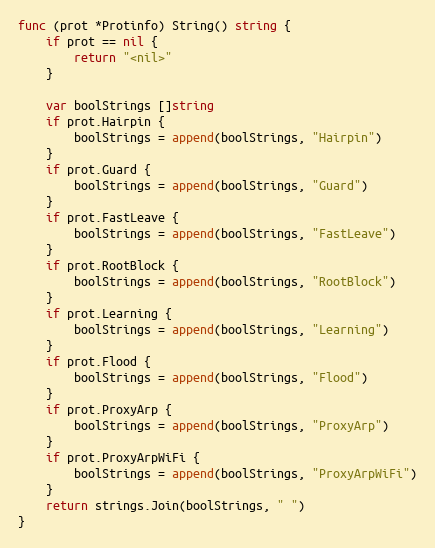
Language: Go
func (prot *Protinfo) String() string {
	if prot == nil {
		return "<nil>"
	}

	var boolStrings []string
	if prot.Hairpin {
		boolStrings = append(boolStrings, "Hairpin")
	}
	if prot.Guard {
		boolStrings = append(boolStrings, "Guard")
	}
	if prot.FastLeave {
		boolStrings = append(boolStrings, "FastLeave")
	}
	if prot.RootBlock {
		boolStrings = append(boolStrings, "RootBlock")
	}
	if prot.Learning {
		boolStrings = append(boolStrings, "Learning")
	}
	if prot.Flood {
		boolStrings = append(boolStrings, "Flood")
	}
	if prot.ProxyArp {
		boolStrings = append(boolStrings, "ProxyArp")
	}
	if prot.ProxyArpWiFi {
		boolStrings = append(boolStrings, "ProxyArpWiFi")
	}
	return strings.Join(boolStrings, " ")
}